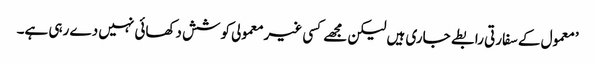
’معمول کے سفارتی رابطے جاری ہیں لیکن مجھے کسی غیرمعمولی کوشش دکھائی نہیں دے رہی ہے۔